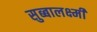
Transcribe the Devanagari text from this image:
सुब्बालक्ष्मी